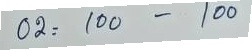
02 = 100 - 100